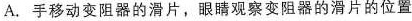
A.手移动变阻器的滑片，眼睛观察变阻器的滑片的位置